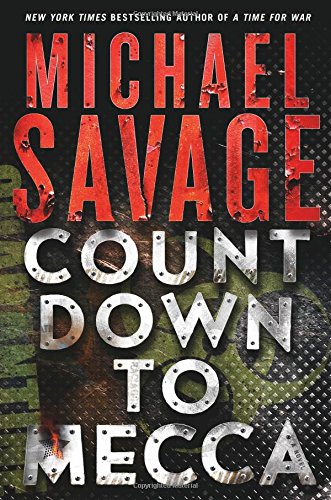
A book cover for Countdown to Mecca: A Thriller; Michael Savage; Mystery, Thriller & Suspense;